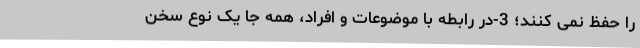
را حفظ نمی­ کنند؛ 3-در رابطه با موضوعات و افراد، همه جا یک نوع سخن